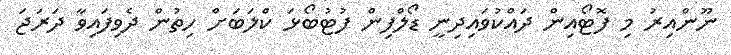
ނޫންއިރު މި ފޮޓޯއިން ދައްކުވައިދިނީ ޑޯލްފިން ފުޓުބޯޅަ ކްލަބަށް ހިތުން ދެވިފައިވާ ދަރަޖަ